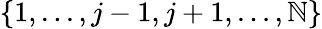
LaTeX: \{ 1,...,j-1,j+1,...,\mathbb{N}\}